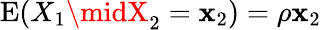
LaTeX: \operatorname{E}(X_{1}\midX_{2}=\mathbf{x}_{2})=\rho\mathbf{x}_{2}